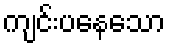
ကျင်းပနေသော